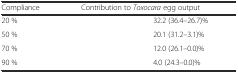
<table><thead><tr><td><b>Compliance</b></td><td colspan="2"><b>Contribution to <i>Toxocara</i> egg output</b></td></tr></thead><tbody><tr><td>20 %</td><td></td><td>32.2 (36.4–26.7)%</td></tr><tr><td>50 %</td><td></td><td>20.1 (31.2–3.1)%</td></tr><tr><td>70 %</td><td></td><td>12.0 (26.1–0.0)%</td></tr><tr><td>90 %</td><td></td><td>4.0 (24.3–0.0)%</td></tr></tbody></table>